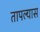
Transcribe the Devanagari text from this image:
तापल्यास